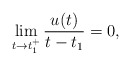
\begin{align*}\lim_{t \to t_1^+}\dfrac{u(t)}{t-t_1}=0,\end{align*}